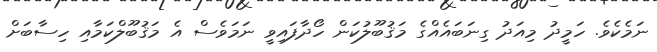
ނަމެކެވެ. ހަމީދު މިއަދު ގިނަބައެއްގެ މަޤުބޫލުކަން ހޯދާފައިވީ ނަމަވެސް އެ މަޤުބޫލްކަމާއި ހިސާބަށް